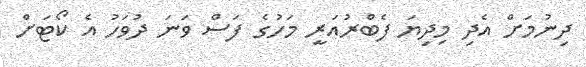
ދިނުމަށް އެދި މިދިޔަ ފެބްރުއަރީ މަހުގެ ފަސް ވަނަ ދުވަހު އެ ކޯޓަށް